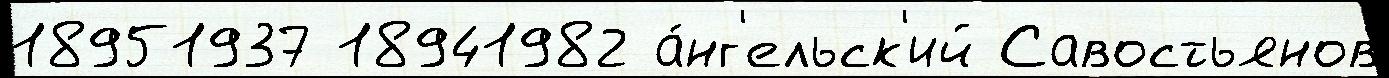
18951937 18941982 а́нг'ельск'ий Савостьянов